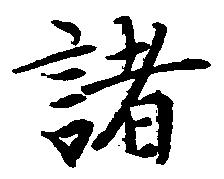
諸